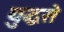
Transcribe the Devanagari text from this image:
युद्धसे